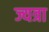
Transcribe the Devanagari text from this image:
ज्यत्रा